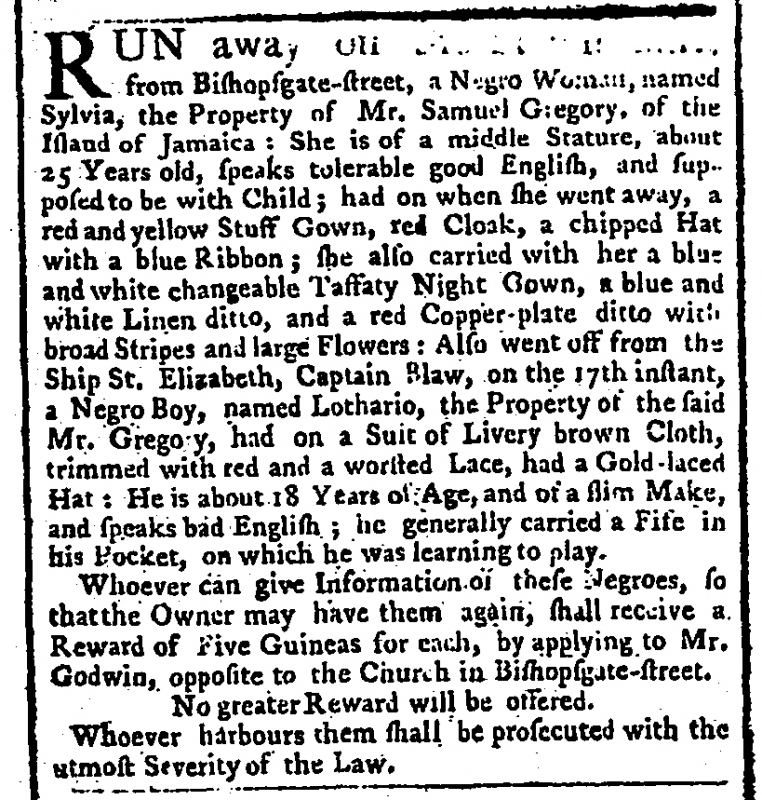
Public Advertiser, 23 November 1763 (England)
RUN away on the 11th instant, from Bishopsgate-street, a Negro Woman, named Sylvia, the Property of Mr. Samuel Gregory, of the Island of Jamaica: She is of middle Stature, about 25 Years old, speaks tolerable good English, and supposed to be with Child; had on when she went away, a red and yellow Stuff Gown, red Cloak, a chipped Hat with a blue Ribbon; she also carried with her a blue and white changeable Taffaty Night Gown, a blue and white Linen ditto, and a red Copper plate ditto with broad Stripes and large Flowers: Also went off from the Ship St. Elizabeth, Captain Blaw, on the 17th instant, a Negro Boy, named Lothario, the Property of the said Mr. Gregory, had on a Suit of Livery brown Cloth, trimmed with red and a worsted Lace, had a Gold-laced Hat: He is about 18 Years of Age, and of a slim Make, and speaks bad English; he generally carried a Fife in his Pocket, on which he was learning to play.  Whoever can give Information of these Negroes, so that the Owner may have them again, shall receive a Reward of Five Guineas for each, by applying to Mr. Godwin, opposite to the Church in Bishopsgate-street.  No greater Reward will be offered.   Whoever harbours them shall be prosecuted with the utmost Severity of the Law.